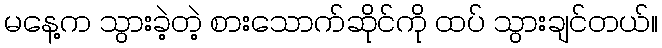
မနေ့က သွားခဲ့တဲ့ စားသောက်ဆိုင်ကို ထပ် သွားချင်တယ်။